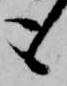
も